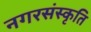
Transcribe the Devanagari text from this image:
नगरसंस्कृति